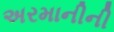
અરમાનીની